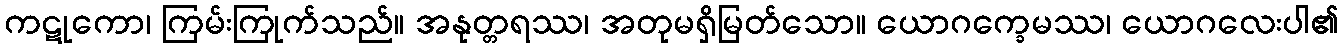
ကဋုကော၊ ကြမ်းကြုက်သည်။ အနုတ္တရဿ၊ အတုမရှိမြတ်သော။ ယောဂက္ခေမဿ၊ ယောဂလေးပါ၏